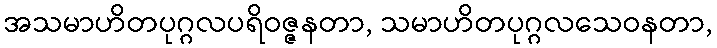
အသမာဟိတပုဂ္ဂလပရိဝဇ္ဇနတာ, သမာဟိတပုဂ္ဂလသေဝနတာ,